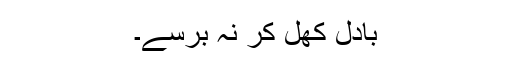
بادل کھل کر نہ برسے۔